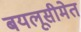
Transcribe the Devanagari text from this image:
बयलूसीमेत